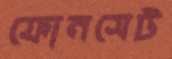
ফোনসেট